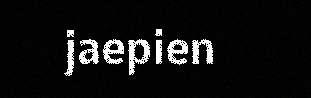
jaepien